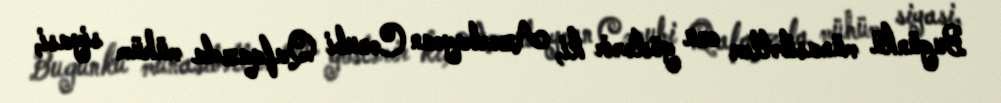
Bugünkü münasibətlər onu göstərir ki, Azərbaycan Cənubi Qafqazda mühüm siyasi,